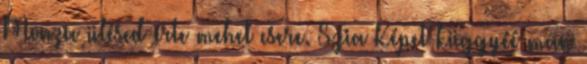
Monza ülésed érte mehet csere. Szia Képet küggyéé mán